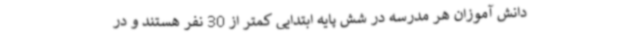
دانش آموزان هر مدرسه در شش پایه ابتدایی کمتر از 30 نفر هستند و در